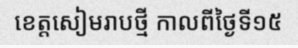
ខេត្តសៀមរាបថ្មី កាលពីថ្ងៃទី១៥